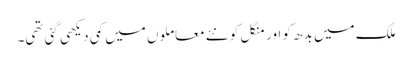
ملک میں بدھ کو اور منگل کو نئے معاملوں میں کمی دیکھی گئی تھی۔